Lunatic asylums Central Provinces reports 1895-1909 - 1895-1909
Year: 1895
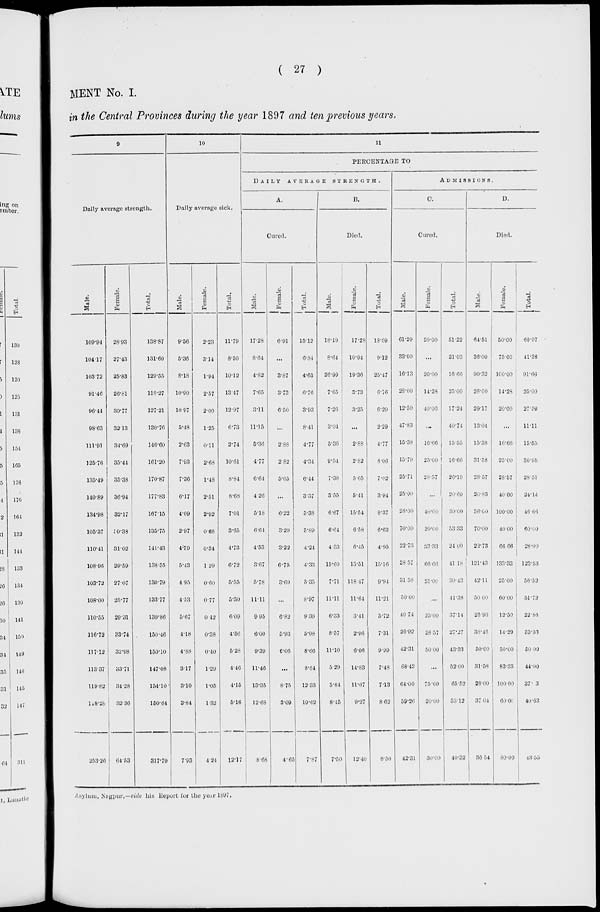
( 27 )
MENT No. I.
in the Central Provinces during the year 1897 and ten previous years.
9
Daily average strength.
Male.
109.94
104.17
103.72
91.46
96.44
98.63
111.91
125.76
135.49
140.89
134.98
105.37
110.41
108.96
103.72
108.00
110.55
116.72
117.12
113.37
119.82
118.28
253.26
Female.
28.93
27.43
25.83
26.81
30.77
32.13
34.69
35.44
35.38
36.94
32.17
30.38
31.02
29.59
27.07
25.77
29.31
33.74
32.98
33.71
34.23
32 .36
64.53
Total.
138.87
131.60
129.55
118.27
127.21
130.76
146.60
161.20
170.87
177.83
167.15
135.75
141.43
138 .55
130.79
133.77
139.86
150.46
150.10
147.08
154.10
150.64
317.79
10
Daily average sick.
Male.
9.56
5.36
8.18
10.90
10.97
5.48
2.63
7.93
7.36
6.17
4.09
2.97
4.39
5.43
4.95
4.53
5.67
4.18
4.88
3.17
3.10
3.84
7.93
Female.
2.23
3.14
1.94
2.57
2.00
1.25
0.11
2.68
1.48
2.51
2.92
0.68
0.34
1.29
0.60
0.77
0.42
0.38
0.40
1.29
1.05
1.32
4.24
Total.
11.79
8.50
10.12
13.47
12.97
6.73
2.74
10.61
8.84
8.68
7.01
3.65
4.73
6.72
5.55
5.30
6.09
4.56
5.28
4.46
4.15
5.16
12.17
11
PERCENTAGE TO
DAILY
AVERAGE
STRENGHT.
A.
Cured.
Male.
17.28
8.64
4.82
7.65
3.11
11.15
5.36
4.77
6.64
4.26
5.18
6.64
4.53
3.67
5.78
11.11
9.95
6.00
9.39
11.46
13.35
12.68
8.68
Female.
6.91
...
3.87
3.73
6.50
...
2.88
2 82
5.65
...
6.22
3.29
3.22
6.75
3.69
...
6.82
5.93
6.06
...
8.75
3.09
4.65
Total.
15.12
6.84
4.63
6.76
3.93
8.41
4.77
4.34
6.44
3.37
5.38
5.89
4.24
4.33
5.35
8.97
9.30
5.98
8.66
8.84
12.33
10.62
7.87
B.
Died.
Male.
18.19
8.64
26.99
7.65
7.26
3.04
5.36
9.54
7.38
3.55
6.67
6.64
4.53
15.60
7.71
11.11
6.33
8.57
11.10
5.29
5.84
8.45
7.50
Female.
17.28
10.94
19.36
3.73
3.25
...
2.88
2.82
5 .65
5.41
15.54
6.58
6.45
13.51
118.47
11.64
3.41
2.96
6.06
14.83
11.67
9.27
12.40
Total.
18.09
9.12
25.47
6.76
6.29
2.29
4.77
8.06
7.02
3.94
8.37
6.63
4.95
15.16
9.94
11.21
5.72
7.31
9.99
7.48
7.13
8.62
8.50
ADMISSIONS.
C.
Cured.
Male.
61.29
33.00
16.13
28.00
12.50
47.83
15.38
15.79
25.71
25.00
28.00
70.00
22.73
28.57
31 58
50.00
40.74
26.92
42.31
68.42
64.00
59.26
42.31
Female.
20.00
...
20.00
14.28
40.00
...
16.66
25.00
28.57
...
40.00
20.00
33.33
66.66
25.00
...
25.00
28.57
50.00
...
75.00
20.00
30.00
Total.
51.22
31.03
16.66
25.00
17.24
40.74
15.55
16.66
26.19
20.69
30.00
53.33
24.00
41.18
30.43
41.38
37.14
27.27
43.33
52.00
65.52
53.12
40.32
D.
Died.
Male.
64.51
36.00
90.32
28.00
29.17
13.04
15.38
31.58
28.57
20.83
36.00
70.00
22.73
121.43
42.11
50.00
25.93
38.46
50.00
31.58
28.00
37.04
36.54
Female.
50.00
75.00
100.00
14.28
20.00
...
16.66
25.00
28.57
40.00
100.00
40.00
66.66
133.33
25.00
60.00
12.50
14.29
50.00
83.33
100 00
60.00
80.00
Total.
60.97
41.38
91.66
25.00
27.59
11.11
15.55
30.95
28.57
24.14
46.66
60.00
28.00
123.53
56.52
51.72
22.86
33.33
50.00
44.00
37. 3
40.63
43.55
Asylum, Nagpur,—vide his Report for the year 1897.